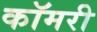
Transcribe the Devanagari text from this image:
कॉमरी